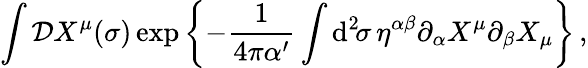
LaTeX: \int{\cal D}X^{\mu}(\sigma)\exp\left\{ -\frac{1}{4\pi\alpha^{\prime}}\int\mathrm{d}^{2}\! \sigma\, \eta^{\alpha\beta}\partial_{\alpha}X^{\mu}\partial_{\beta}X_{\mu}\right\} \, ,